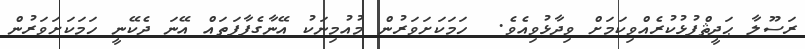
ރަސޫލާ ޙަދީޘްފުޅުކުރެއްވިކަމަށް ވިދާޅުވިއެވެ.  ހަމަކަށަވަރުން މުއުމިނަކު އޭނާގެފާފަތައް އޭނަ ދެކޭނީ ހަމަކަށަވަރުން